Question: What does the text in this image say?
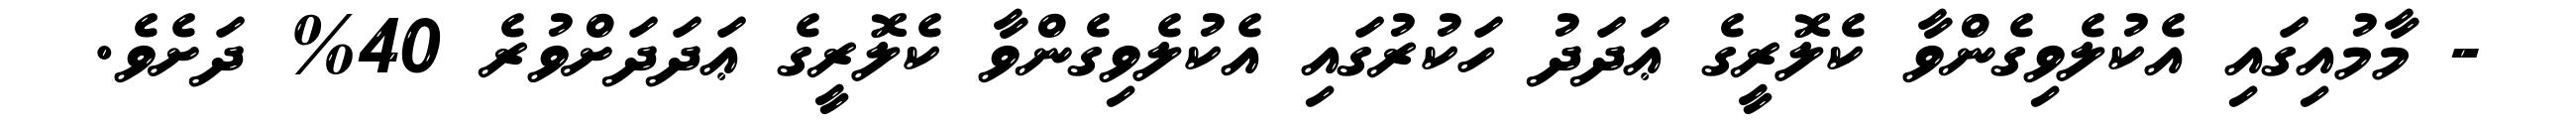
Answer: - މާމުއިގައި އެކުލެވިގެންވާ ކެލޮރީގެ ޢަދަދު ހަކުރުގައި އެކުލެވިގެންވާ ކެލޮރީގެ ޢަދަދަށްވުރެ 40% ދަށެވެ.